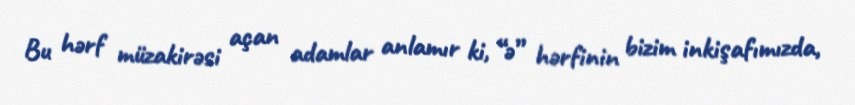
Bu hərf müzakirəsi açan adamlar anlamır ki, “ə” hərfinin bizim inkişafımızda,